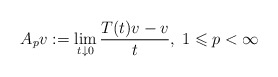
\begin{align*} A_p v := \lim_{t\downarrow 0}\frac{T(t)v-v}{t},\; 1\leqslant p<\infty\end{align*}